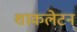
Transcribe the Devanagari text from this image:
शाकलेटन